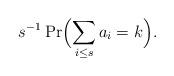
LaTeX: \begin{align*} s^{-1} \Pr\Bigl( \sum_{i\le s} a_i =k\Bigr).\end{align*}